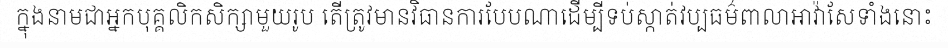
ក្នុងនាមជាអ្នកបុគ្គលិកសិក្សាមួយរូប តើត្រូវមានវិធានការបែបណាដើម្បីទប់ស្កាត់វប្បធម៌ពាលាអាវ៉ាសែទាំងនោះ